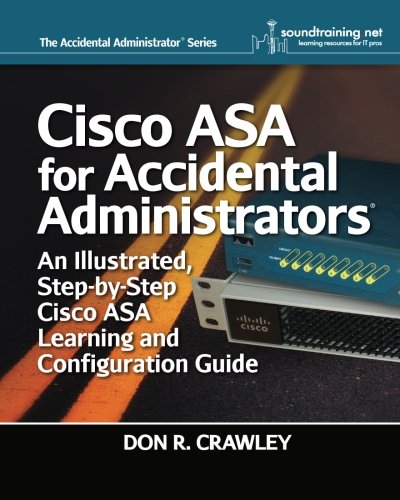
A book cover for Cisco ASA for Accidental Administrators: An Illustrated Step-by-Step ASA Learning and Configuration Guide; Don R. Crawley; Computers & Technology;